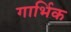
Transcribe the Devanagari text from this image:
गार्भिक